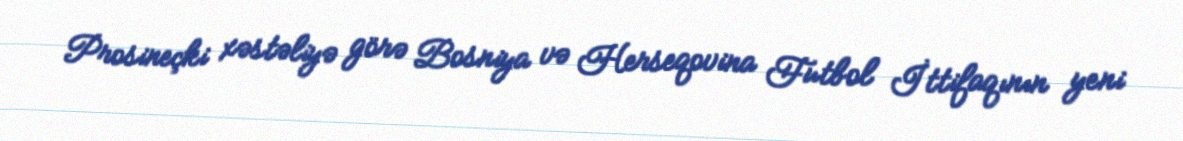
Prosineçki xəstəliyə görə Bosniya və Herseqovina Futbol İttifaqının yeni